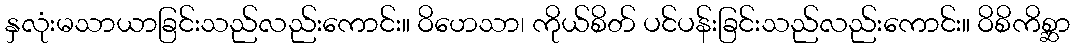
နှလုံးမသာယာခြင်းသည်လည်းကောင်း။ ဝိဟေသာ၊ ကိုယ်စိတ် ပင်ပန်းခြင်းသည်လည်းကောင်း။ ဝိစိကိစ္ဆာ